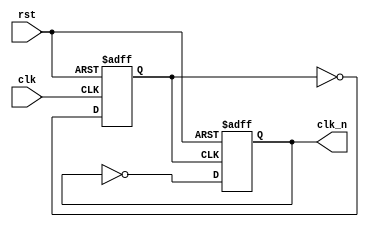
`timescale 1ns / 1ps
//////////////////////////////////////////////////////////////////////////////////
// Company: 
// Engineer: 
// 
// Design Name: 
// Module Name: clk_unit
// Project Name: 
// Target Devices: 
// Tool Versions: 
// Description: 
// 
// Dependencies: 
// 
// Revision:
// Revision 0.01 - File Created
// Additional Comments:
// 
//////////////////////////////////////////////////////////////////////////////////


module clk_unit(
	clk,
	rst,
	clk_n
	);
	input clk, rst;
	output clk_n;

    reg clk_n;
    reg clk_tmp;
    always @(posedge clk_tmp or posedge rst) begin
       if (rst) begin  
        clk_n <= 0;
       end
      else begin
        clk_n <= ~clk_n;
      end
    end
    
    always @(posedge clk or posedge rst)
    begin
        if (rst)
            clk_tmp <= 0;
        else
            clk_tmp <= ~clk_tmp;
    end
endmodule